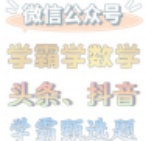
微信公众号
学霸学数学
头条、抖音
学霸刷选题